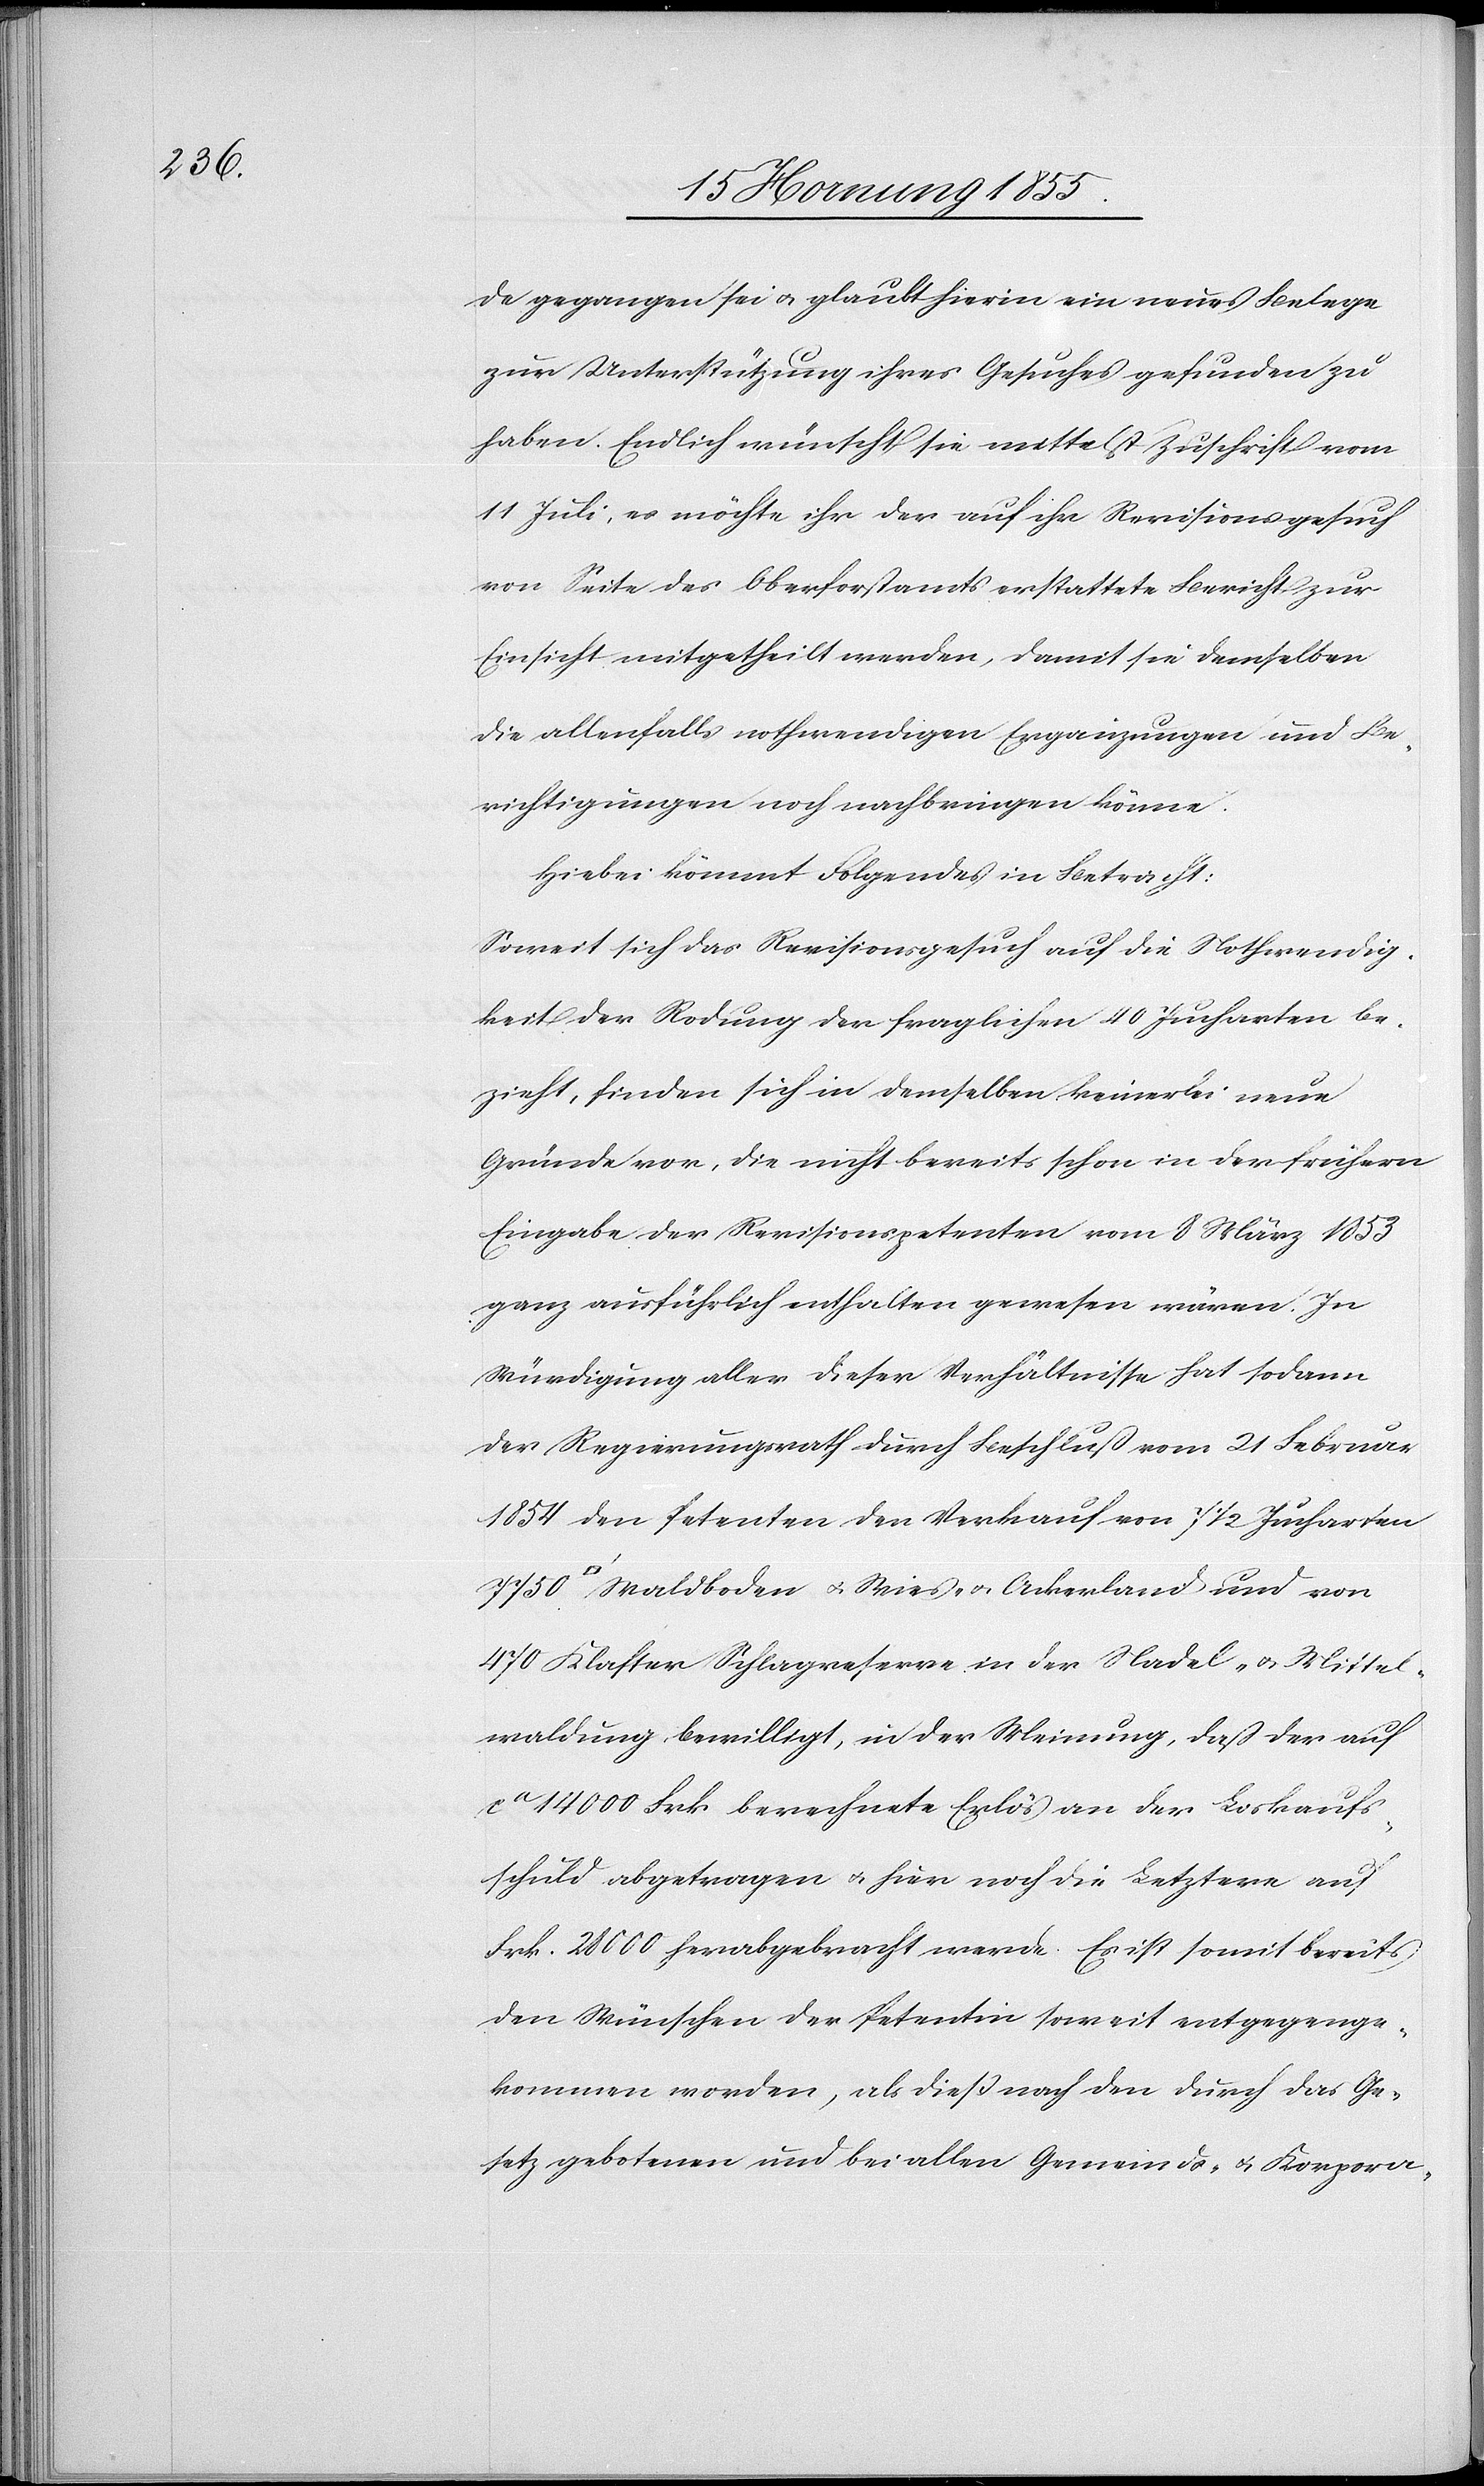
de gegangen sei & glaubt hierin ein neues Belege
zur Unterstützung ihres Gesuches gefunden zu
haben. Endlich wünscht sie mittelst Zuschrift vom
11 Juli, es möchte ihr der auf ihr Revisionsgesuch
von Seite des Oberforstamts erstattete Bericht zur
Einsicht mitgetheilt werden, damit sie demselben
die allenfalls nothwendigen Ergänzungen und Be¬
richtigungen noch nachbringen könne.
Hiebei kömmt Folgendes in Betracht:
Soweit sich das Revisionsgesuch auf die Nothwendig¬
keit der Rodung der fraglichen 40 Jucharten be¬
zieht, finden sich in demselben keinerlei neue
Gründe vor, die nicht bereits schon in der frühern
Eingabe der Revisionspetenten vom 8 März 1853
ganz ausführlich enthalten gewesen wären. In
Würdigung aller dieser Verhältnisse hat sodann
der Regierungsrath durch Beschluß vom 21 Februar
1854 den Petenten den Verkauf von 7 1/2 Jucharten
Waldboden & Wies- & Ackerland und von
470 Klafter Schlagreserve in der Nadel- & Mittel¬
waldung bewilligt, in der Meinung, daß der auf
ca 14 000 Frk. berechnete Erlös an der Loskaufs¬
schuld abgetragen & hier noch die Letztere auf
Frk. 28 000 herabgebracht werde. Es ist somit bereits
den Wünschen der Petentin soweit entgegenge¬
kommen worden, als dieß nach den durch das Ge¬
setz gebotenen und bei allen Gemeinds- & Korpora-